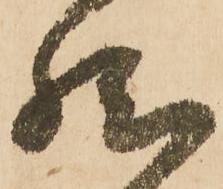
然